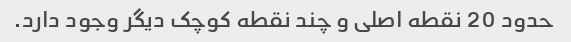
حدود 20 نقطه اصلی و چند نقطه کوچک دیگر وجود دارد.